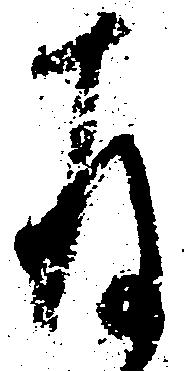
存